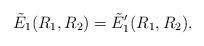
LaTeX: \begin{align*}\tilde E_1(R_1,R_2) = \tilde E_1'(R_1,R_2).\end{align*}